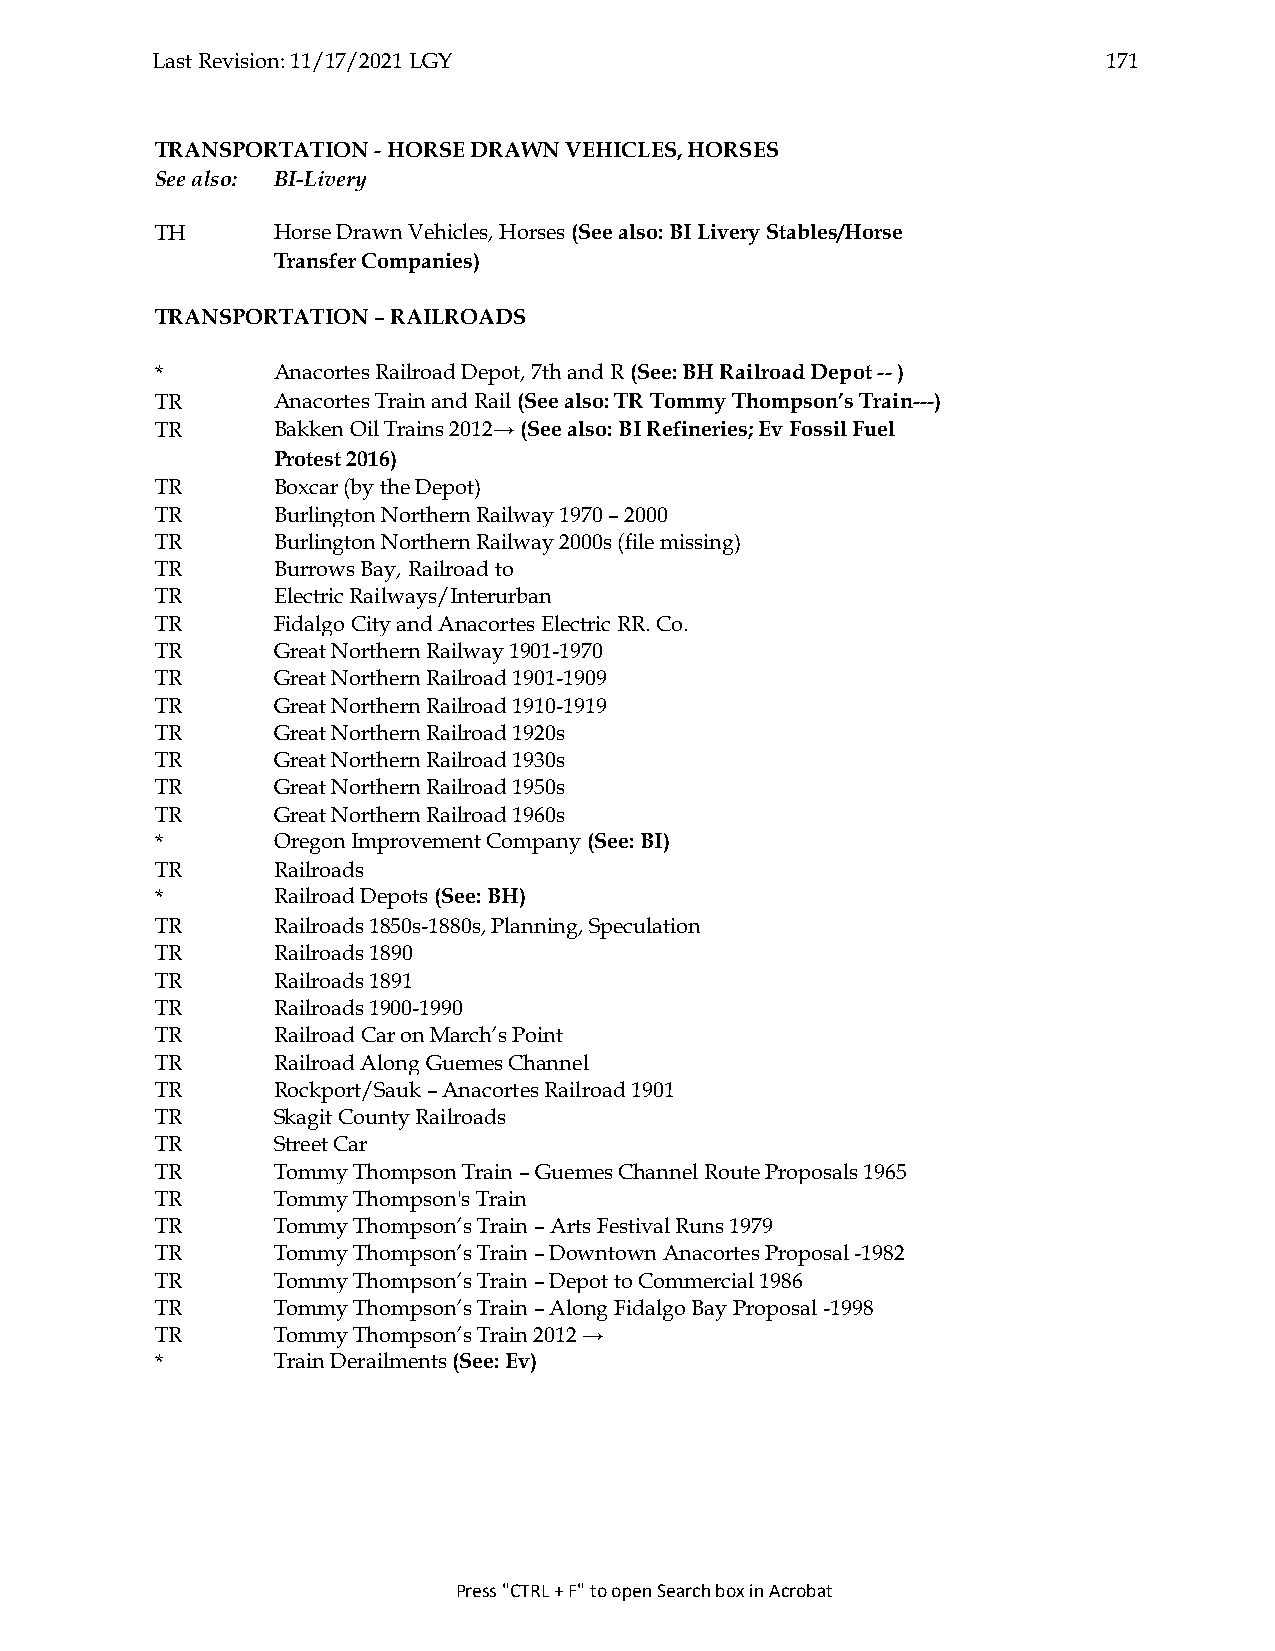
Last Revision: 11/17/2021 LGY                                  171
 TRANSPORTATION - HORSE DRAWN VEHICLES, HORSES
 See also: BI-Livery
 TH      Horse Drawn Vehicles, Horses (See also: BI Livery Stables/Horse
 Transfer Companies)
 TRANSPORTATION – RAILROADS
 *       Anacortes Railroad Depot, 7th and R (See: BH Railroad Depot -- )
 TR      Anacortes Train and Rail (See also: TR Tommy Thompson’s Train---)
 TR      Bakken Oil Trains 2012→ (See also: BI Refineries; Ev Fossil Fuel
 Protest 2016)
 TR      Boxcar (by the Depot)
 TR      Burlington Northern Railway 1970 – 2000
 TR      Burlington Northern Railway 2000s (file missing)
 TR      Burrows Bay, Railroad to
 TR      Electric Railways/Interurban
 TR      Fidalgo City and Anacortes Electric RR. Co.
 TR      Great Northern Railway 1901-1970
 TR      Great Northern Railroad 1901-1909
 TR      Great Northern Railroad 1910-1919
 TR      Great Northern Railroad 1920s
 TR      Great Northern Railroad 1930s
 TR      Great Northern Railroad 1950s
 TR      Great Northern Railroad 1960s
 *       Oregon Improvement Company (See: BI)
 TR      Railroads
 *       Railroad Depots (See: BH)
 TR      Railroads 1850s-1880s, Planning, Speculation
 TR      Railroads 1890
 TR      Railroads 1891
 TR      Railroads 1900-1990
 TR      Railroad Car on March’s Point
 TR      Railroad Along Guemes Channel
 TR      Rockport/Sauk – Anacortes Railroad 1901
 TR      Skagit County Railroads
 TR      Street Car
 TR      Tommy Thompson Train – Guemes Channel Route Proposals 1965
 TR      Tommy Thompson's Train
 TR      Tommy Thompson’s Train – Arts Festival Runs 1979
 TR      Tommy Thompson’s Train – Downtown Anacortes Proposal -1982
 TR      Tommy Thompson’s Train – Depot to Commercial 1986
 TR      Tommy Thompson’s Train – Along Fidalgo Bay Proposal -1998
 TR      Tommy Thompson’s Train 2012 →
 *       Train Derailments (See: Ev)
 Press "CTRL + F" to open Search box in Acrobat